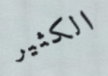
الكثير